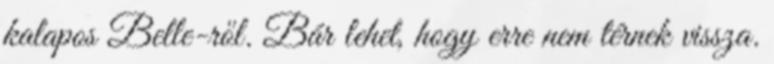
kalapos Belle-ről. Bár lehet, hogy erre nem térnek vissza.